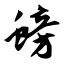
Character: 螃